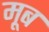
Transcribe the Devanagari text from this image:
मूब